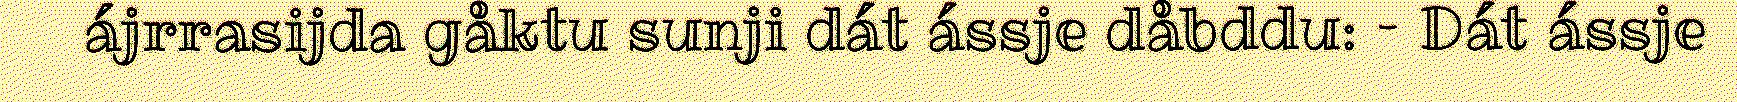
ájrrasijda gåktu sunji dát ássje dåbddu: – Dát ássje